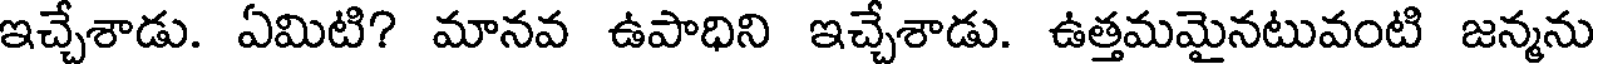
ఇచ్చేశాడు. ఏమిటి? మానవ ఉపాధిని ఇచ్చేశాడు. ఉత్తమమైనటువంటి జన్మను